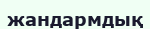
жандармдық